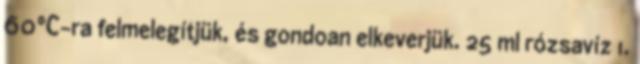
60°C-ra felmelegítjük, és gondoan elkeverjük. 25 ml rózsavíz 1.